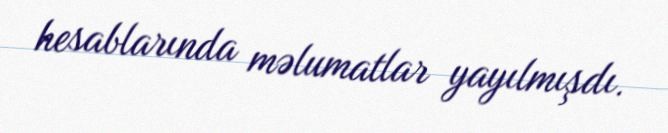
hesablarında məlumatlar yayılmışdı.